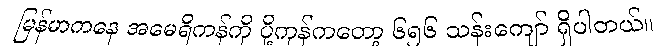
မြန်မာကနေ အမေရိကန်ကို ပို့ကုန်ကတော့ ၆၅၆ သန်းကျော် ရှိပါတယ်။